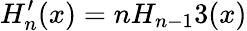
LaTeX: H_{n}^{\prime}(x)=nH_{n-1}3(x)